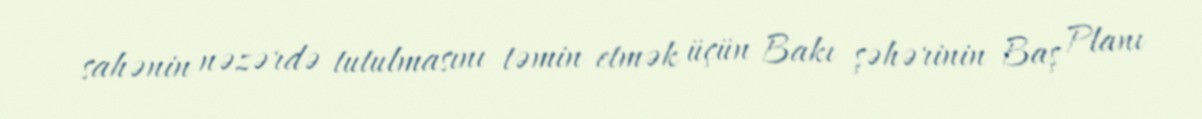
sahənin nəzərdə tutulmasını təmin etmək üçün Bakı şəhərinin Baş Planı